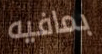
بمافيه